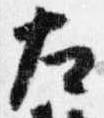
左